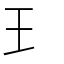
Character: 𤣩